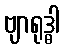
ဗျာရုဒ္ဓါ